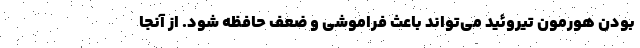
بودن هورمون تیروئید می‌تواند باعث فراموشی و ضعف حافظه شود. از آنجا